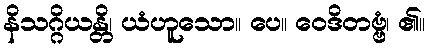
နိသဂ္ဂိယန္တိ၊ ယံဟူသော။ ပေ။ ဝေဒိတဗ္ဗံ၊ ၏။